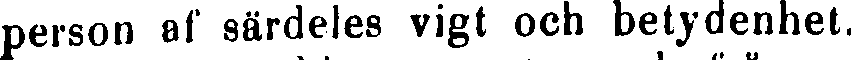
person af särdeles vigt och betydenhet.